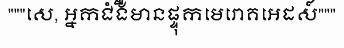
"""សេ, អ្នកជំងឺមានផ្ទុកមេរោគអេដស៍"""